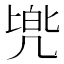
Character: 𫥡